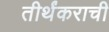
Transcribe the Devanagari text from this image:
तीर्थंकराची